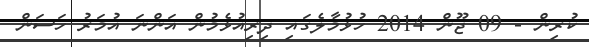
ކުރިން - 09 ޖޫން 2014 ހުޅުމާލެގައި ދިރިއުޅެމުން އަންނަ އުމަރު ހަސަން